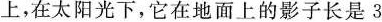
上，在太阳光下，它在地面上的影子长是3